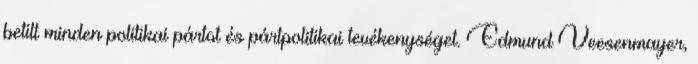
betilt minden politikai pártot és pártpolitikai tevékenységet. Edmund Veesenmayer,